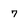
Character: 7